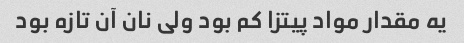
یه مقدار مواد پیتزا کم بود ولی نان آن تازه بود